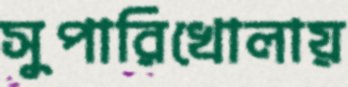
সুপারিখোলায়